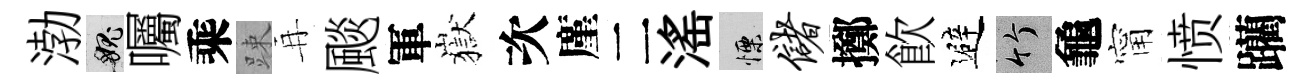
渤愧囑乘踈再颷軍嶽次廑二滛慄储擲飮避竹龜甯愤躪